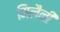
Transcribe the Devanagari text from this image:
मिलैनी